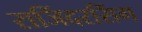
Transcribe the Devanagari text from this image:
राजिंदरसिंग